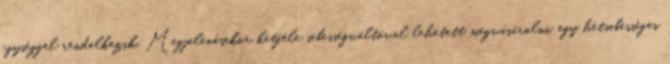
egységgel rendelkezik. Megjelenésekor kétféle sebességváltóval lehetett megvásárolni, egy hétsebességes